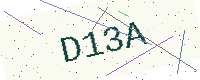
Text: D13A